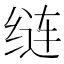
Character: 𦈐